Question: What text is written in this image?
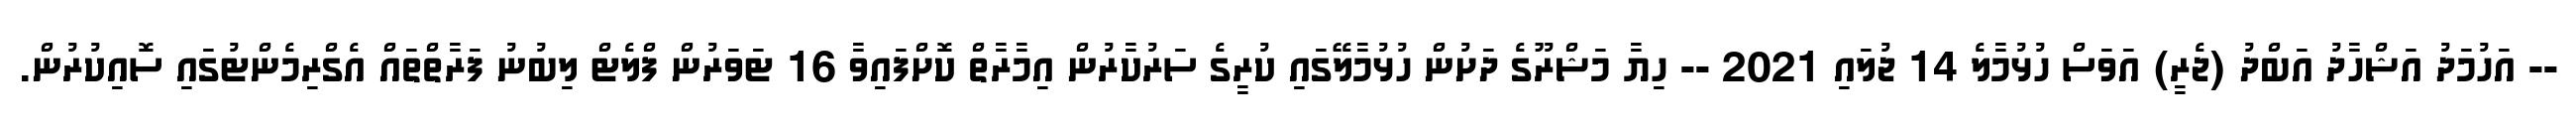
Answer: -- އަހުމަދު އަޝްހާދު އަބްދު (ޖެރީ) އަވަސް ހުޅުމާލެ 14 ޖުލައި 2021 -- ހިޔާ މަޝްރޫގެ ދަށުން ހުޅުމާލޭގައި ކުރީގެ ސަރުކާރުން އިމާރާތް ކޮށްފައިވާ 16 ޓަވަރުން ފްލެޓް ލިބުނު ފަރާތްތައް އެގްރިމެންޓުގައި ސޮއިކުރުން.